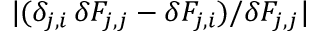
| ( \delta _ { j , i } \, \delta F _ { j , j } - \delta F _ { j , i } ) / \delta F _ { j , j } |